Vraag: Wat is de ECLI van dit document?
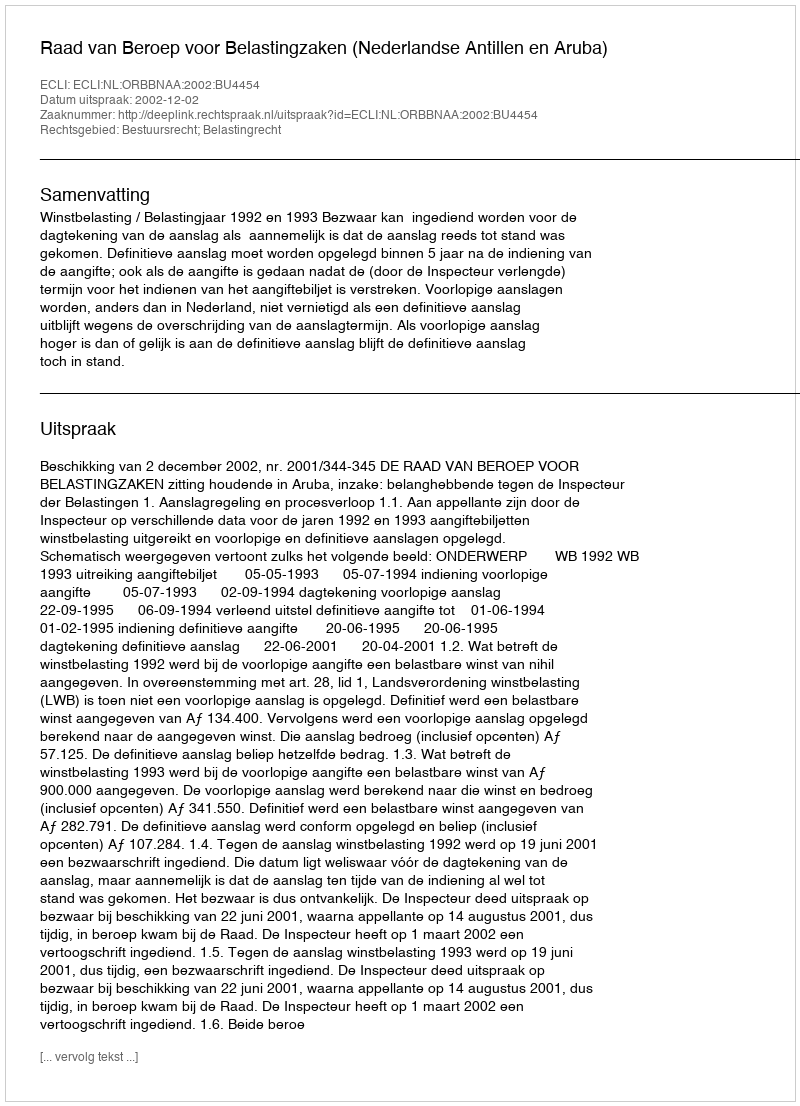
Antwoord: ECLI:NL:ORBBNAA:2002:BU4454